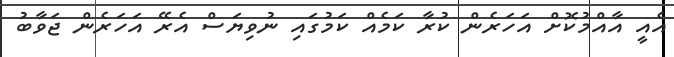
އެއީ އާއްމުކޮށް އަހަރެން ކުރާ ކަމެއް ކަމުގައި ނުވިޔަސް އެރޭ އަހަރެން ޖަވާބު